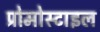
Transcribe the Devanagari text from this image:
प्रोमोस्टाइल